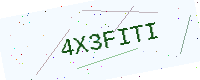
Text: 4X3FITI